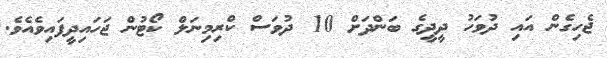
ޖެހިގެން އައި ދުވަހު ދީދީގެ ބަންދަށް 10 ދުވަސް ކްރިމިނަލް ކޯޓުން ޖަހައިދީފައިވެއެވެ.